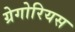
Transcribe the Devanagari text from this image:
ग्रेगोरियस